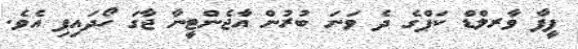
ފީފާ ވާރލްޑް ކަޕްގެ ދެ ވަނަ ބުރުން އާޖެންޓީނާ ޖާގަ ހޯދައިފި އެވެ.